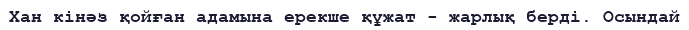
Хан кінәз қойған адамына ерекше құжат - жарлық берді. Осындай